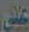
على